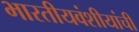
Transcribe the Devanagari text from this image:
भारतीयवंशीयांची